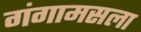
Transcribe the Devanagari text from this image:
गंगामसला